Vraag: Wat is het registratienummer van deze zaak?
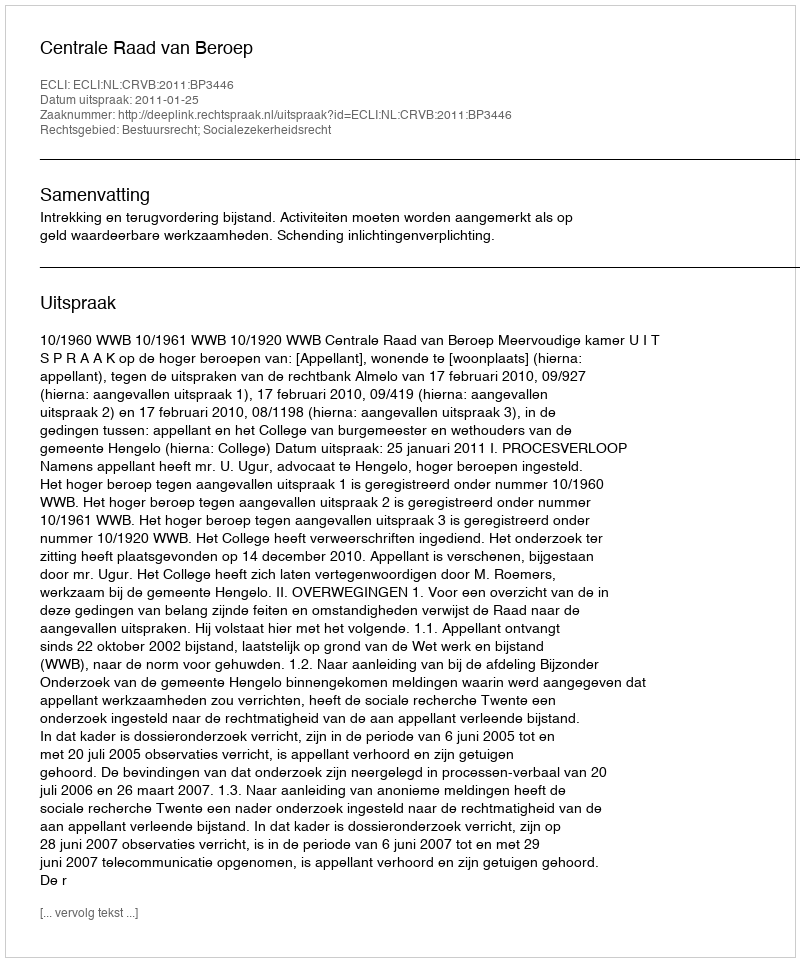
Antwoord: http://deeplink.rechtspraak.nl/uitspraak?id=ECLI:NL:CRVB:2011:BP3446